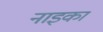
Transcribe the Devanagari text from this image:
नाइका